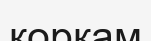
қорқам